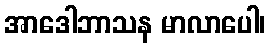
အာဒေါဘာသန မာလာပေါ၊